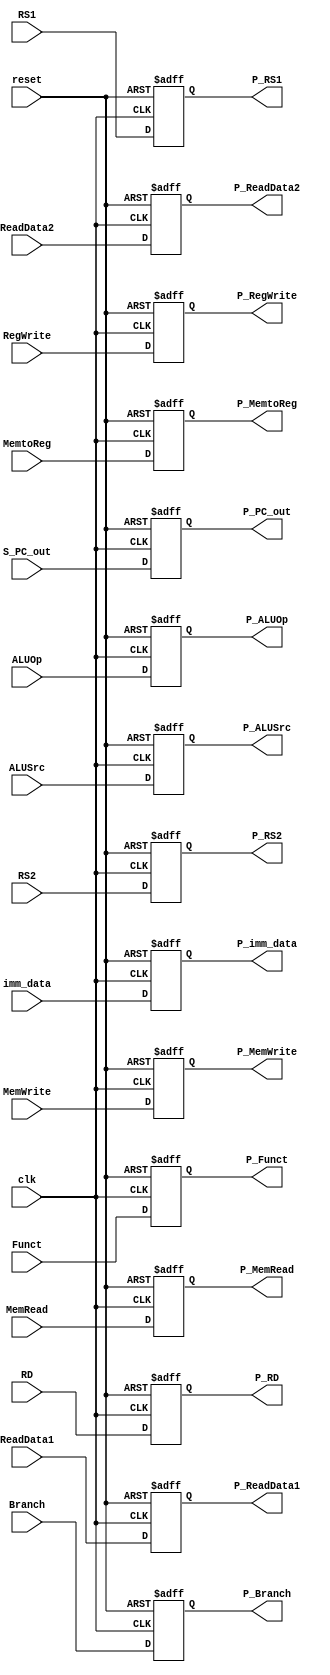
`timescale 1ns / 1ps
//////////////////////////////////////////////////////////////////////////////////
// Company: 
// Engineer: 
// 
// Design Name: 
// Module Name: ID_EX_stage
// Project Name: 
// Target Devices: 
// Tool Versions: 
// Description: 
// 
// Dependencies: 
// 
// Revision:
// Revision 0.01 - File Created
// Additional Comments:
// 
//////////////////////////////////////////////////////////////////////////////////


module ID_EX_stage(

    input [4:0] RS1,
    input [4:0] RS2,
    input [4:0] RD,
    input clk,
    input reset,
    input [1:0] ALUOp,
    input [3:0] Funct,
    input Branch,MemRead,MemtoReg,MemWrite,ALUSrc,RegWrite,

    input [63:0] S_PC_out,// pc_out from if/id
    input [63:0] ReadData1, ReadData2,
    input [63:0] imm_data,
    
    // outputs
    output reg P_Branch,P_MemRead,P_MemtoReg,P_MemWrite,P_ALUSrc,P_RegWrite,
    output reg [4:0] P_RS1, P_RS2, P_RD,
    output reg [3:0] P_Funct,
    output reg [1:0] P_ALUOp,
    output reg [63:0] P_PC_out, P_ReadData1, P_ReadData2, P_imm_data // all outputs from from id/ex stage 
    );
    
always @(posedge clk or posedge reset) 
begin
    if(reset ==1'b1) 
    begin 
        //all to zero 
        P_Branch=0;
        P_MemRead=0;
        P_MemtoReg=0;
        P_MemWrite=0;
        P_ALUSrc=0;
        P_RegWrite = 0;
        P_RS1=0;
        P_RS2=0;
        P_RD=0;
        P_ALUOp=0;
        P_Funct=0;
        P_imm_data=0;
        P_ReadData1=0;
        P_ReadData2=0;
        P_PC_out=0;
    end 
    else 
    begin 
        //all to zero 
        P_Branch= Branch;
        P_MemRead=MemRead;
        P_MemtoReg=MemtoReg;
        P_MemWrite=MemWrite;
        P_ALUSrc=ALUSrc;
        P_RegWrite = RegWrite;
        P_RS1=RS1;
        P_RS2=RS2;
        P_RD=RD;
        P_ALUOp=ALUOp;
        P_Funct=Funct;
        P_imm_data=imm_data;
        P_ReadData1=ReadData1;
        P_ReadData2=ReadData2;
        P_PC_out=S_PC_out;
    end 
end 
endmodule